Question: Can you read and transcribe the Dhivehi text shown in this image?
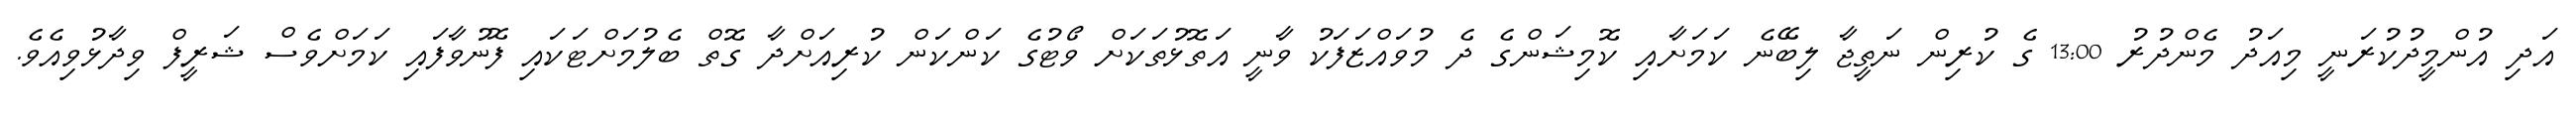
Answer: އަދި އުންމީދުކުރަނީ މިއަދު މެންދުރު 13:00 ގެ ކުރިން ނަތީޖާ ލިބޭނެ ކަމަށާއި ކޮމިޝަންގެ ދެ މުވައްޒަފަކު ވާނީ އަތޮޅުތަކަށް ވޯޓުގެ ކަންކަން ކުރިއަށްދާ ގޮތް ބެލުމަށްޓަކައި ފޮނުވާފައި ކަމަށްވެސް ޝަރީފް ވިދާޅުވިއެވެ.